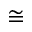
\cong